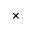
\times